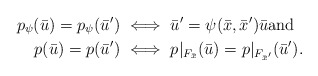
\begin{align*}p_\psi ( \bar{u} ) = p_\psi ( \bar{u}^\prime ) ~& \Longleftrightarrow ~ \bar{u}^\prime = \psi(\bar{x}, \bar{x}^\prime ) \bar{u} \text{and} \\p ( \bar{u} ) = p ( \bar{u}^\prime ) ~ &\Longleftrightarrow ~ p|_{F_{\bar{x}}} ( \bar{u}) = p|_{F_{\bar{x}^\prime}} ( \bar{u}^\prime ).\end{align*}